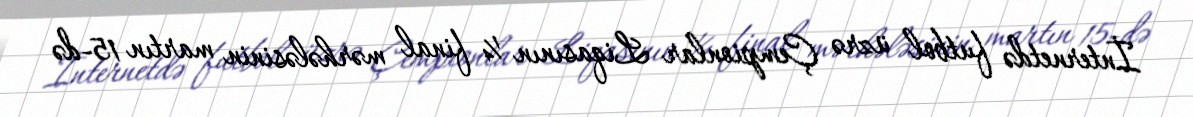
İnternetdə futbol üzrə Çempionlar Liqasının ¼ final mərhələsinin martın 15-də